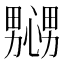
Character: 𢣲